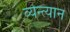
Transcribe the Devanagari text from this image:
व्येन्त्यान